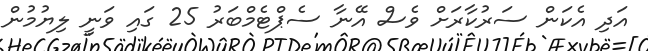
އަދި އެކަން ސަރުކާރަށް ވެސް އޭނާ ސެޕްޓެމްބަރު 25 ގައި ވަނީ ލިޔުމުން